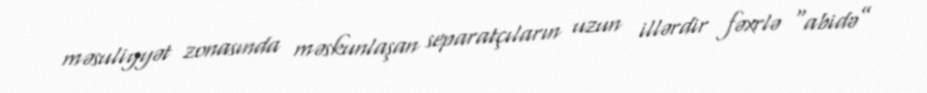
məsuliyyət zonasında məskunlaşan separatçıların uzun illərdir fəxrlə “abidə”